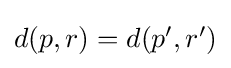
{\textstyle d(p,r)=d(p',r')}